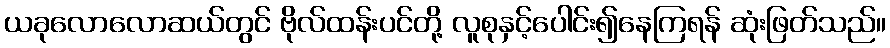
ယခုလောလောဆယ်တွင် ဗိုလ်ထန်းပင်တို့ လူစုနှင့်ပေါင်း၍နေကြရန် ဆုံးဖြတ်သည်။